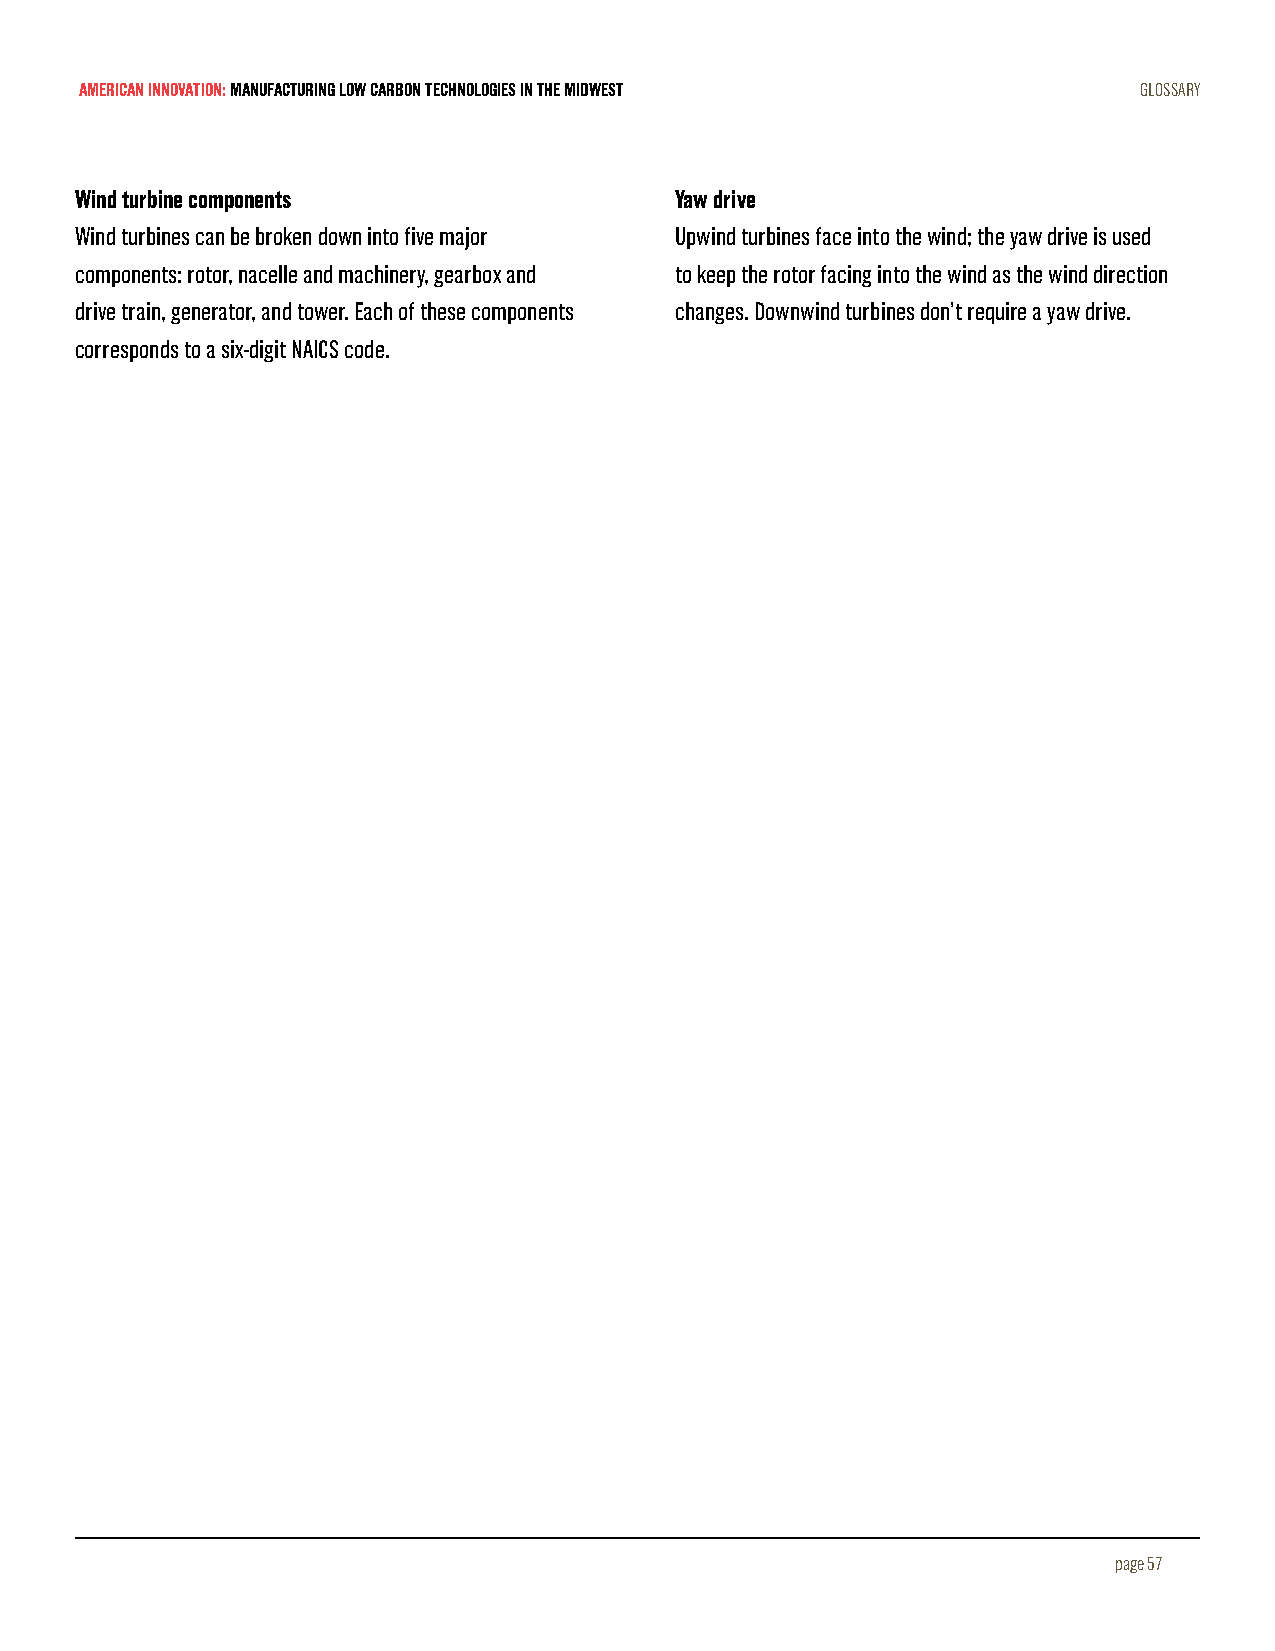
AMERICAN INNOVATION: MANUFACTURING LOW CARBON TECHNOLOGIES IN THE MIDWEST GLOSSARY
 Wind turbine components                 Yaw drive
 Wind turbines can be broken down into five major Upwind turbines face into the wind; the yaw drive is used
 components: rotor, nacelle and machinery, gearbox and to keep the rotor facing into the wind as the wind direction
 drive train, generator, and tower. Each of these components changes. Downwind turbines don’t require a yaw drive.
 corresponds to a six-digit NAICS code.
 page 57